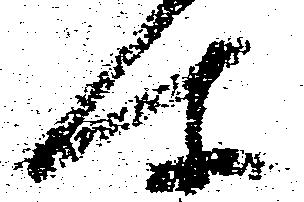
所